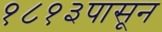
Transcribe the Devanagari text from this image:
१८१३पासून